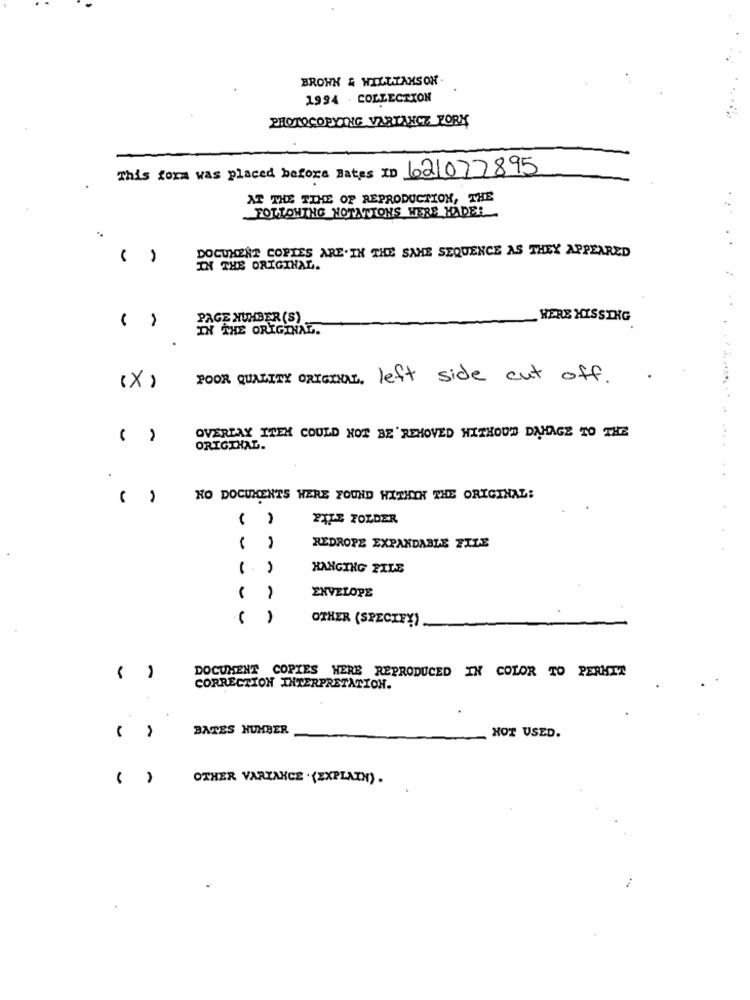
BROWN & WILLIAMS ON
1994 COLLECTION
PHOTOCOPYING VARIANCE PORK
This form was placed before Bates ID 621077895
AT THE TIME OF REPRODUCTION, THE
FOLLOWING NOTATIONS WERE HADER
DOCUMENT COPIES ARE. IN THE SAME SEQUENCE AS THEY APPEARED
IN THE ORIGINAL.
PAGE NUMBER (S)
HERE HISSING
IN THE ORIGINAL.
POOR QUALITY ORIGINAL. left side cut off.
(X)
( )
OVERLAY ITEM COULD NOT BE REMOVED WITHOUT DAMAGE TO THE
....
ORIGINAL.
( )
NO DOCUMENTS WERE FOUND WITHIN THE ORIGINAL:
( )
PALE FOLDER
REDROPE EXPANDABLE FILE
(. )
HANGING FILE
ENVELOPE
OTHER (SPECIFY)
DOCUMENT COPIES HERE REPRODUCED IN COLOR TO PERMIT
CORRECTION INTERPRETATION.
BATES HUMBER
HOT USED.
( )
OTHER VARIANCE . (EXPLAIN) .